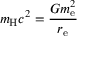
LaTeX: m _ { \mathrm { H } } c ^ { 2 } = { \frac { G m _ { \mathrm { e } } ^ { 2 } } { r _ { \mathrm { e } } } }